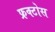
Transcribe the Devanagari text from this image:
फ्रक्टोस